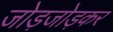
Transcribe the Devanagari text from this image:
जोड़जोड़कर